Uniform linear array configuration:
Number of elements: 64
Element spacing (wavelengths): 0.5
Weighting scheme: kaiser
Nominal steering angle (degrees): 60
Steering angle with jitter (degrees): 60.803
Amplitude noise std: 0.05
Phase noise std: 0.05

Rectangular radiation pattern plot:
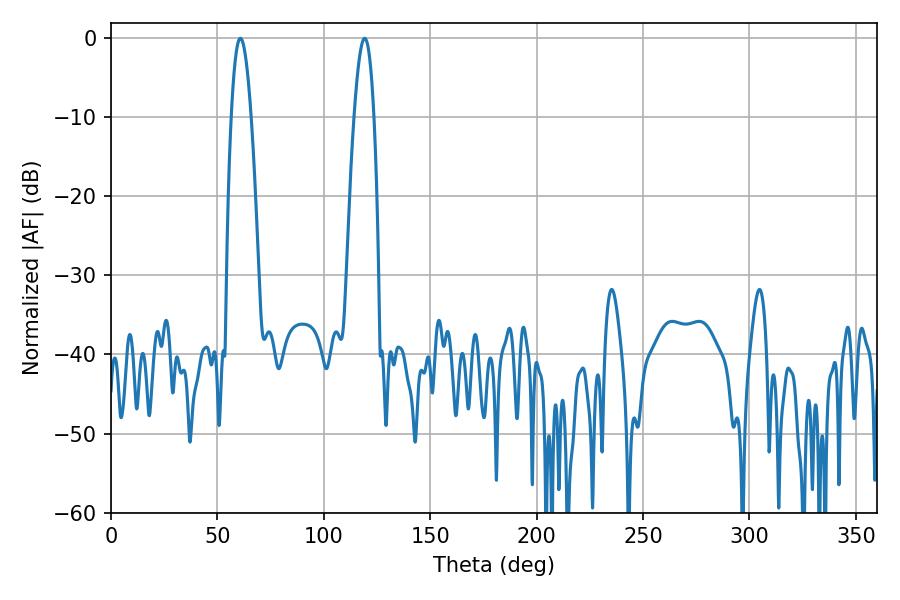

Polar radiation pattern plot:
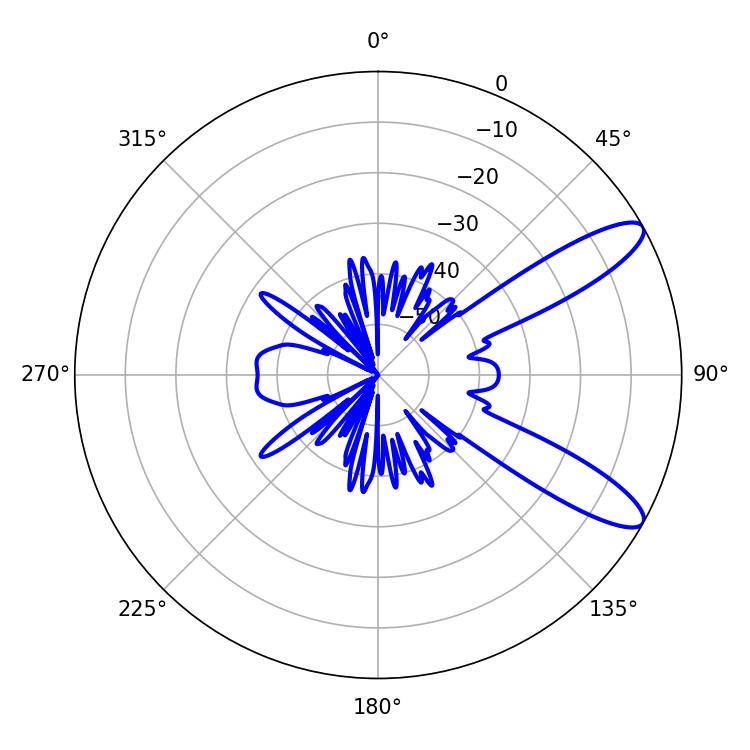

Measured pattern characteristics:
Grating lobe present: FALSE
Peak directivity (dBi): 10.722
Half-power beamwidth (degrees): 5.22
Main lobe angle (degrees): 119.16